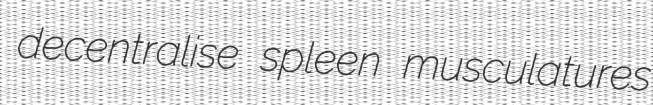
decentralise spleen musculatures